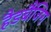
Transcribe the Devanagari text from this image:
हैडबैंजिग